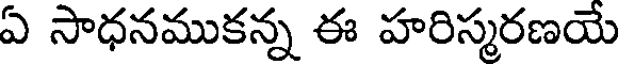
ఏ సాధనముకన్న ఈ హరిస్మరణయే